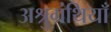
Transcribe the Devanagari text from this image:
अश्रुग्रंथियाँ